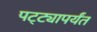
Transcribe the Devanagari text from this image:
पट्‍ट्यापर्यंत